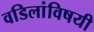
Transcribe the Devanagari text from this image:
वडिलांविषयी